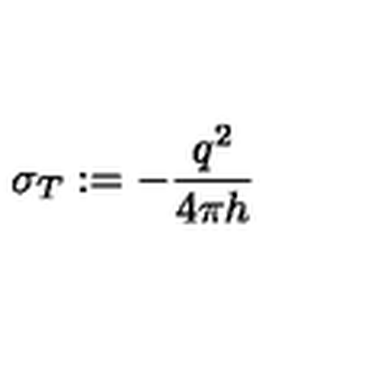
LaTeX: \sigma _ { T } : = - \frac { q ^ { 2 } } { 4 \pi h }